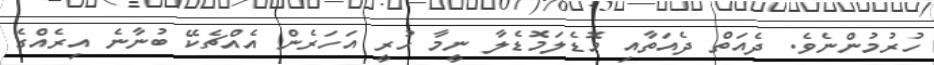
ހުރުމުންނެވެ. ދެއަތް ދެއަތާއި މޮޑެލަމޮޑެލާ ނީމާ ހުރީ އަހަރެން އެއްޗެކޭ ބުނާނެ އިރެއްގެ